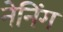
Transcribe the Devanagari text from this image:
नेनिंग